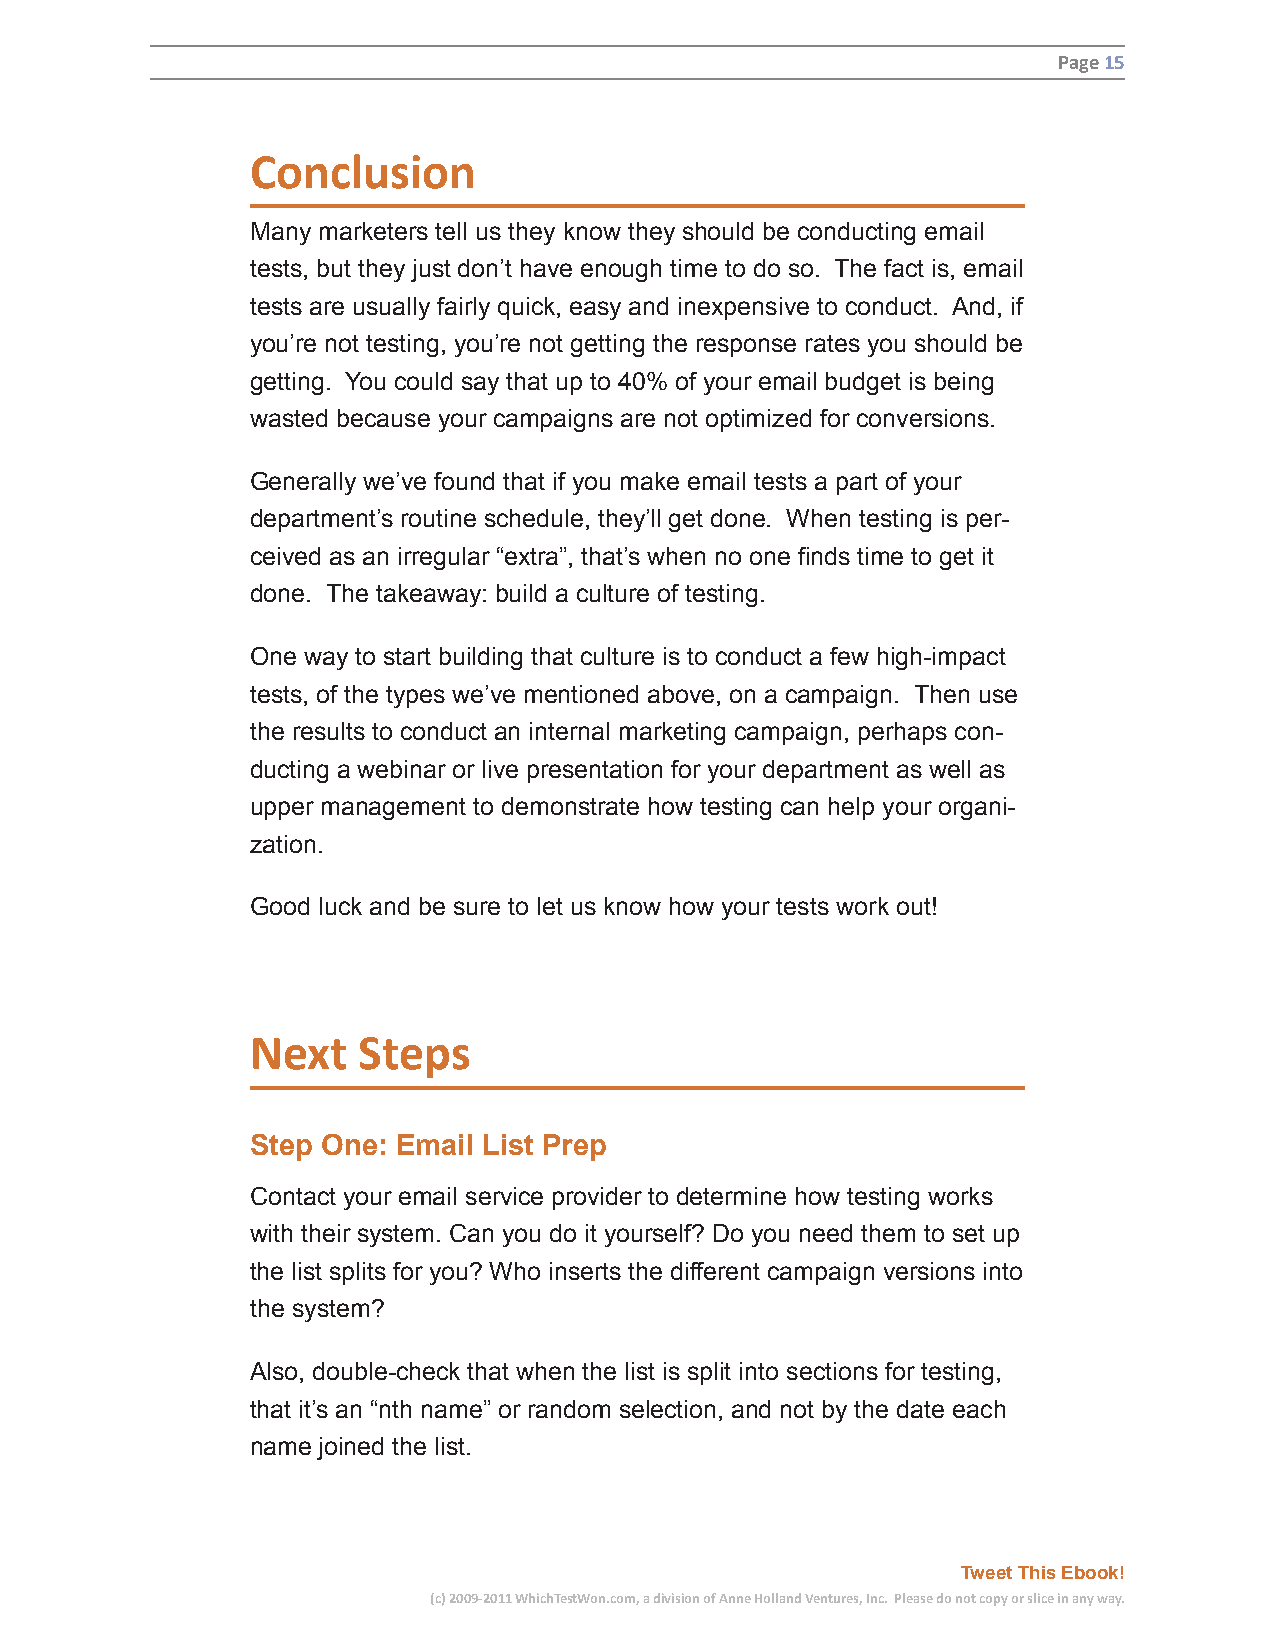
Page 15
 Conclusion
 Many marketers tell us they know they should be conducting email
 tests, but they just don’t have enough time to do so. The fact is, email
 tests are usually fairly quick, easy and inexpensive to conduct. And, if
 you’re not testing, you’re not getting the response rates you should be
 getting. You could say that up to 40% of your email budget is being
 wasted because your campaigns are not optimized for conversions.
 Generally we’ve found that if you make email tests a part of your
 department’s routine schedule, they’ll get done. When testing is per-
 ceived as an irregular “extra”, that’s when no one finds time to get it
 done. The takeaway: build a culture of testing.
 One way to start building that culture is to conduct a few high-impact
 tests, of the types we’ve mentioned above, on a campaign. Then use
 the results to conduct an internal marketing campaign, perhaps con-
 ducting a webinar or live presentation for your department as well as
 upper management to demonstrate how testing can help your organi-
 zation.
 Good luck and be sure to let us know how your tests work out!
 Next   Steps
 Step One: Email List Prep
 Contact your email service provider to determine how testing works
 with their system. Can you do it yourself? Do you need them to set up
 the list splits for you? Who inserts the different campaign versions into
 the system?
 Also, double-check that when the list is split into sections for testing,
 that it’s an “nth name” or random selection, and not by the date each
 name joined the list.
 Tweet This Ebook!
 (c) 2009-2011 WhichTestWon.com, a division of Anne Holland Ventures, Inc. Please do not copy or slice in any way.